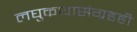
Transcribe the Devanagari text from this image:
लघुकथासंग्रहही